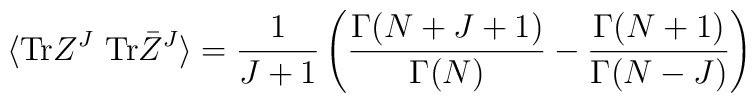
\langle {\rm Tr}Z^J~ {\rm Tr}\bar Z^J \rangle = \frac{1}{J+1}\left(\frac{\Gamma(N+J+1)}{\Gamma(N)} - \frac{\Gamma(N+1)}{\Gamma(N-J)}\right)